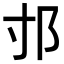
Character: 𨙯